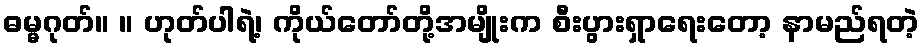
ဓမ္မဂုတ်။ ။ ဟုတ်ပါရဲ့၊ ကိုယ်တော်တို့အမျိုးက စီးပွားရှာရေးတော့ နာမည်ရတဲ့